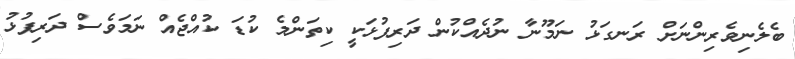
ބެލެނިވެރިންނަށް ރަނގަޅު ނަމޫނާ ނުދެއްކުން ދަރިފުޅަކީ ކިތަންމެ ކުޑަ ކުއްޖެއް ނަމަވެސް ދަރިފުޅު